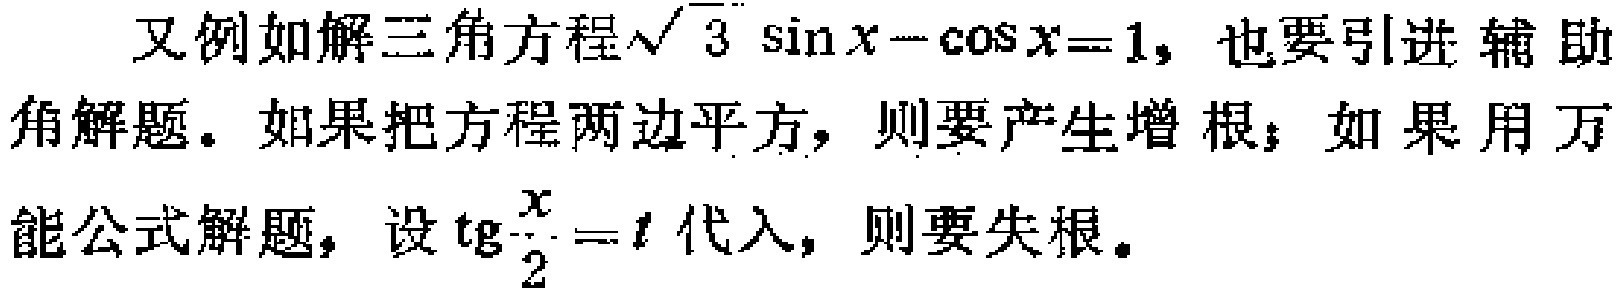
又例如解三角方程\(\sqrt{3} \sin x - \cos x = 1\)，也要引进辅助角解题。如果把方程两边平方，则要产生增根；如果用万能公式解题，设\(\mathrm{tg}\frac{x}{2}=t\)代入，则要失根。